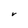
Character: V